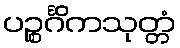
ပဉ္စင်္ဂိကသုတ္တံ